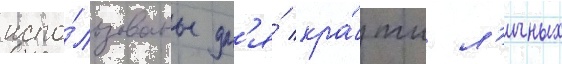
испо́льзованы дл'я́ кра́жи л'ичных